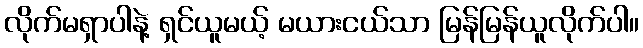
လိုက်မရှာပါနဲ့ ရှင်ယူမယ့် မယားငယ်သာ မြန်မြန်ယူလိုက်ပါ။